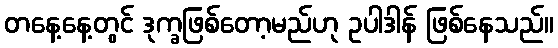
တနေ့နေ့တွင် ဒုက္ခဖြစ်တော့မည်ဟု ဥပါဒါန် ဖြစ်နေသည်။